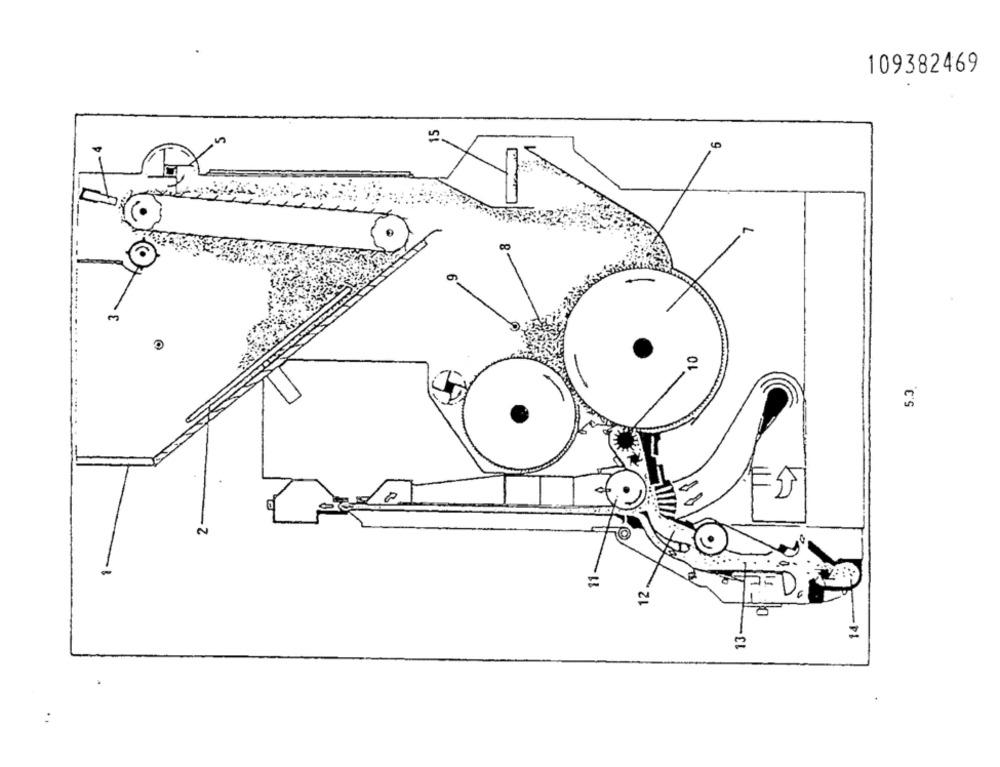
109382469
3
0
5.3.
2
12.
14-
13-